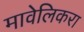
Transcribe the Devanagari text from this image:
मावेलिकरा